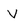
Character: V